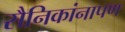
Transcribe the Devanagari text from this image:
सैनिकांनापण